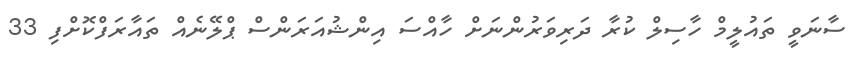
ސާނަވީ ތައުލީމް ހާސިލް ކުރާ ދަރިވަރުންނަށް ހާއްސަ އިންޝުއަރަންސް ޕްލޭނެއް ތައާރަފްކޮށްފި 33